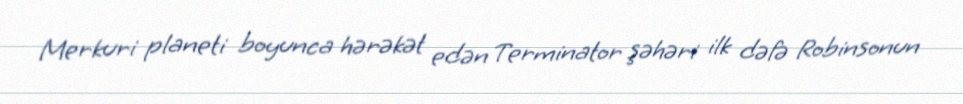
Merkuri planeti boyunca hərəkət edən Terminator şəhəri ilk dəfə Robinsonun